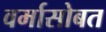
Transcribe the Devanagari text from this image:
वर्मासोबत